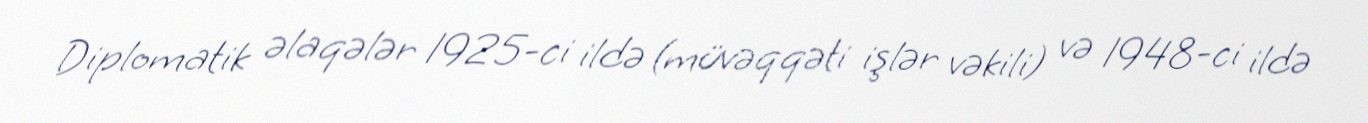
Diplomatik əlaqələr 1925-ci ildə (müvəqqəti işlər vəkili) və 1948-ci ildə